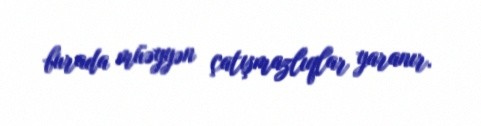
burada müəyyən çatışmazlıqlar yaranır.